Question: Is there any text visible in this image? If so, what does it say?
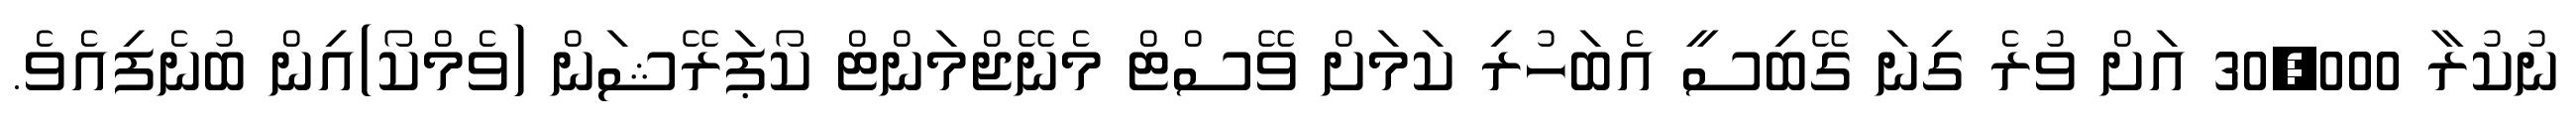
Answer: ނުކުރާ 30,000 އަށް ވުރެ ގިނަ ގޭބިސީ އެބަހުރި ކަމަށް ވޭސްޓް މެނޭޖްމަންޓް ކޯޕަރޭޝަން (ވެމްކޯ)އިން ބުނެފިއެވެ.